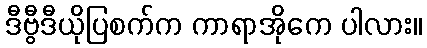
ဒီဗွီဒီယိုပြစက်က ကာရာအိုကေ ပါလား။